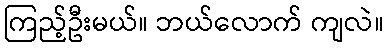
ကြည့်ဦးမယ်။ ဘယ်လောက် ကျလဲ။